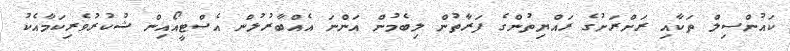
ކައުންސިލް ތަކާއި ރަށްރަށުގެ ރައްޔިތުންގެ ފަރާތުން ލިބެމުން އަންނަ އެއްބާރުލުން އެސްޓީއޯއިން ޝުކުރުވެރިކަމާއެކު